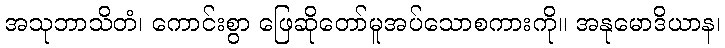
အသုဘာသိတံ၊ ကောင်းစွာ ဖြေဆိုတော်မူအပ်သောစကားကို။ အနုမောဒိယာန၊